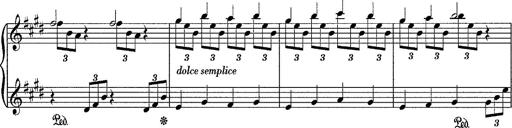
Title: Sancta Dorothea
Composer: Franz Liszt
Key: E major